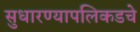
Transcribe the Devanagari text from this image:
सुधारण्यापलिकडचे